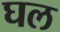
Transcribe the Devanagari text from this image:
घल